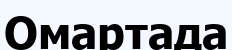
Омартада